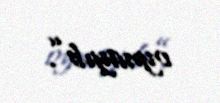
oynayıb”.